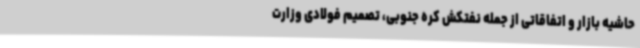
حاشیه بازار و اتفاقاتی از جمله نفتکش کره جنوبی، تصمیم فولادی وزارت